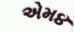
એમ૪